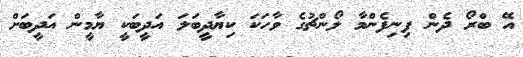
އޭ ބްރޯ ދެން ފިނިފެންމާ ލޯންޗުގެ ވާހަކަ ކިޔާދީބަލަ އަދީބަކީ ޔާމީން އަދީބަށް